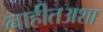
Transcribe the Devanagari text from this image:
नाहीतअशा